Scientific memoirs by medical officers of the Army of India - Part XII,
Year: 1901
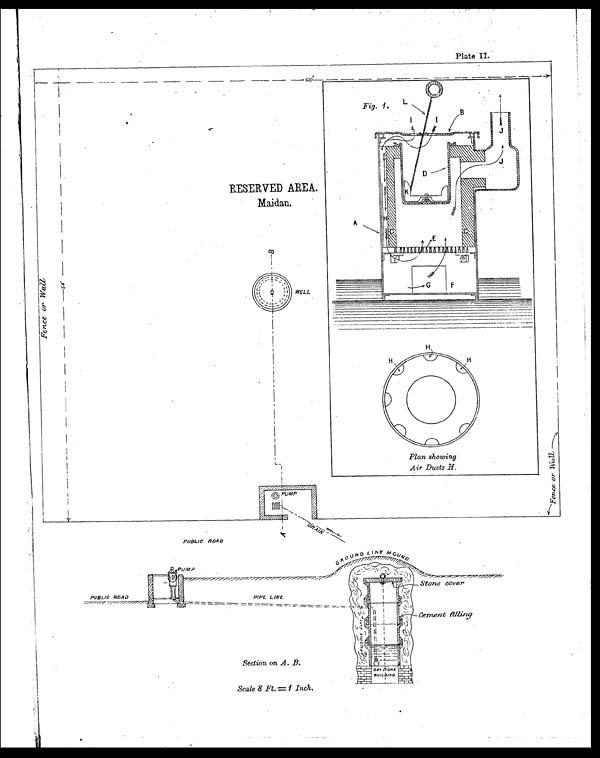
RESERVED AREA.
Maidan.
C o
Fig. 1. L
1
p. . . ‘
i 1
4.
i ,
. .
5
,
i.
$
\
;
v*‘‘
‘i
•---,---4,, _ - -,
NM % % BMA I 11011; • c 1
F
_....--,G
- J O 1
'
i
H
110
Plan
Air
showing
Ducts H.
WELL
PIPE E
-
_ .
-===== =: 7=1
—Stone cover
Cement Rainy
DRY SI TONE
RUI LpI NG
Scale 8 Ft. = 1 Inch.
Plate II.
PUBLIC ROAD
. 24PuMP
Section on A. B.
0 0 , LINE m 0 u
. 77, 7 , 7777774' 7. 77777, 7%
- --' , -, ,n•• , , , -. , . . : ,- N, ,
* ‘. . " ' )
' ' , N ----. --, , --, , --_-- - , . . --, -- - - , , , - . 4"- - - - - -
, 3191MI NOPI ERI N
1
4 1
1 1, II I
' 0Q ,/ !
C I I i I
I I
:
L 2
• . '
1
PUBLIC ROAD